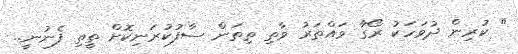
" ކުރިން ދުވަހަކު ރޯގާ ވައްތަރު ވާތި ތިތަން ސާފުކުރަނިކޮށް ތީތި ފެނުނީ..